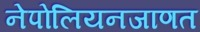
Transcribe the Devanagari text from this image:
नेपोलियनजाणत